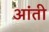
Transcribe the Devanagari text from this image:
आंती